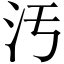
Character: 汚